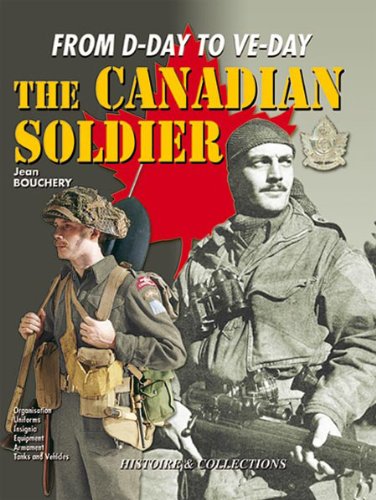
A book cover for The Canadian Soldier in World War II: From D-Day to VE-Day; Jean Bouchery; History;